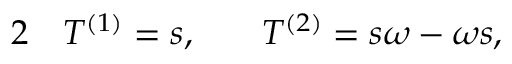
\begin{array} { r l r l } { { 2 } } & { { } T ^ { ( 1 ) } = s , } & { } & { { } T ^ { ( 2 ) } = s \omega - \omega s , } \end{array}